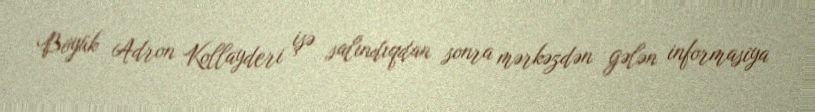
Böyük Adron Kollayderi işə salındıqdan sonra mərkəzdən gələn informasiya